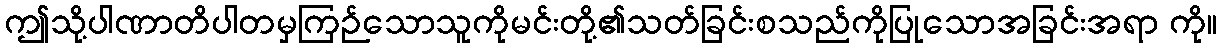
ဤသို့ပါဏာတိပါတမှကြဉ်သောသူကိုမင်းတို့၏သတ်ခြင်းစသည်ကိုပြုသောအခြင်းအရာ ကို။